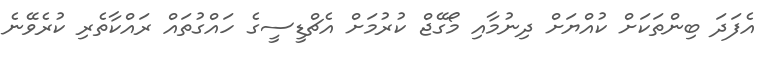
އެފަދަ ބިންތަކަށް ކުއްޔަށް ދިނުމާއި މޯގޭޖް ކުރުމަށް އެޗްޑީސީގެ ހައްގުތައް ރައްކާތެރި ކުރެވޭނެ